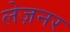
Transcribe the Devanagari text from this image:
लेज़नर